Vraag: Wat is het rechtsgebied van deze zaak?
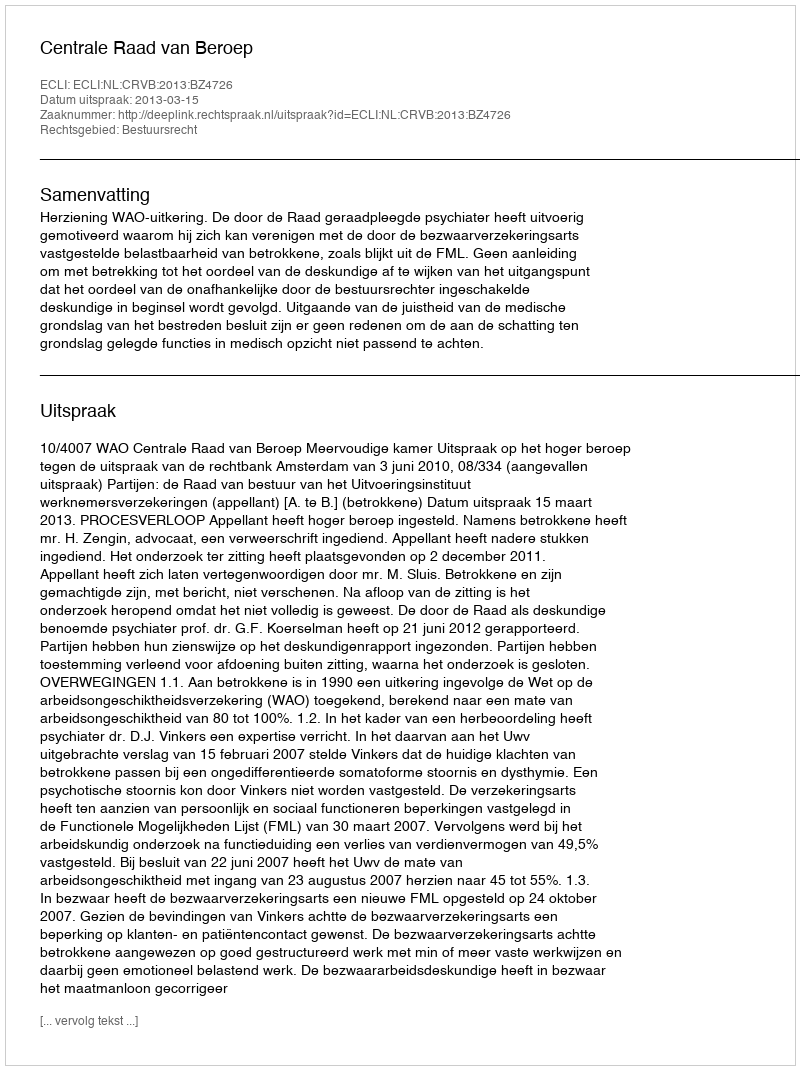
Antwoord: Bestuursrecht